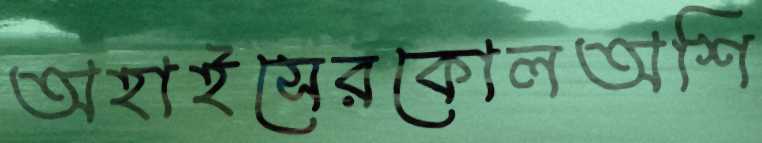
অহাইসেরকোলঅশি